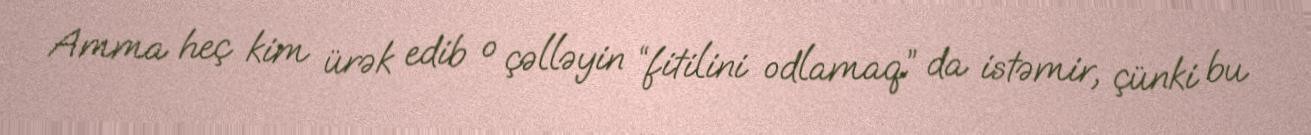
Amma heç kim ürək edib o çəlləyin “fitilini odlamaq” da istəmir, çünki bu